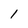
Character: 1